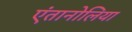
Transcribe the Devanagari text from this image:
एंतानोलिया